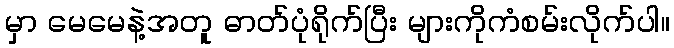
မှာ မေမေနဲ့အတူ ဓာတ်ပုံရိုက်ပြီး များကိုကံစမ်းလိုက်ပါ။